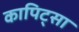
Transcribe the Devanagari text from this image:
कापिट्सा